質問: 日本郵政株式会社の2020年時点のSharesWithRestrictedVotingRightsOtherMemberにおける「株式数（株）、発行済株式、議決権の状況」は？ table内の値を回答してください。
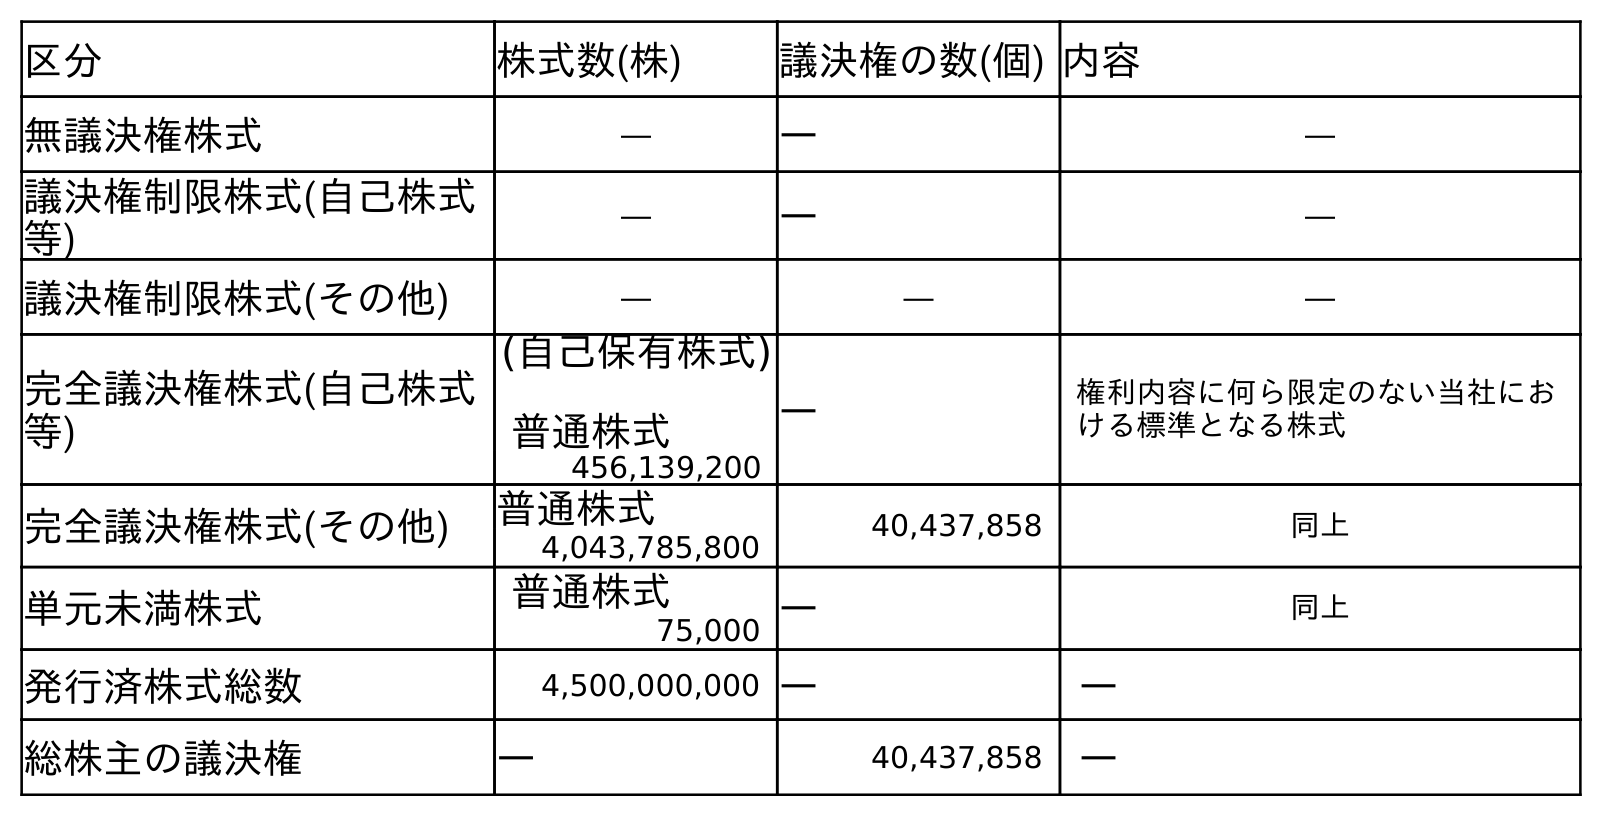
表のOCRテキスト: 区分 株式数(株) 議決権の数(個) 内容 無議決権株式 ― ― ― 議決権制限株式(自己株式 等) ― ― ― 議決権制限株式(その他) ― ― ― 完全議決権株式(自己株式 等) (自己保有株式) 普通株式 ― 権利内容に何ら限定のない当社にお ける標準となる株式 456,139,200 完全議決権株式(その他) 普通株式 40,437,858 同上 4,043,785,800 単元未満株式 普通株式 ― 同上 75,000 発行済株式総数 4,500,000,000 ― ― 総株主の議決権 ― 40,437,858 ―
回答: ―